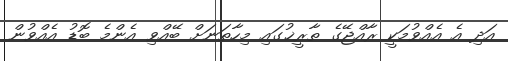
އަދި އެ އެއްވުމަކީ ރާއްޖޭގެ ތާރީޚުގައި މިހާތަނަށް ބޭއްވި އެންމެ ބޮޑު އެއްވުން